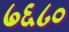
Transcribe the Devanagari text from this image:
७६८०